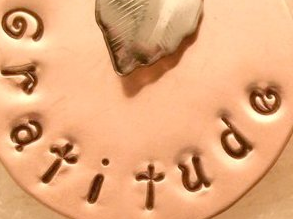
Gratitude